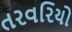
તરવરિયો